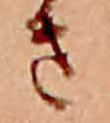
さ